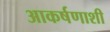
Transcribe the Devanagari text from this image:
आकर्षणाशी